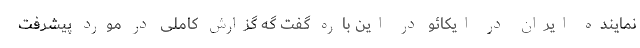
نماینده ایران در ایکائو در این باره گفت گه گزارش کاملی در مورد پیشرفت